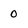
Character: 0